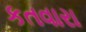
કતવારા